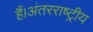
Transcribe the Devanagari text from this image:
हैं।अंतरराष्ट्रीय